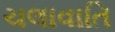
ચલાવાતિ